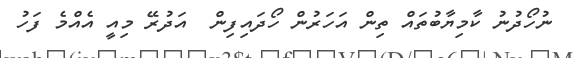
ނުހޯދުނު ކާމިޔާބުތައް ތިން އަހަރުން ހޯދައިފިން  އަދުރޭ މިއީ އެއްމެ ފަހު